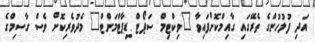
އަދި ފުލުހުންގެ ތެރޭގައި ގާއިމްކޮށްފައިވާ "ވިކްޓިމް ސަޕޯޓް ޑިޕާޓްމަންޓް" މެދުވެރިކޮށް ވެސް ގާސިމްގެ